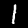
Digit: 1